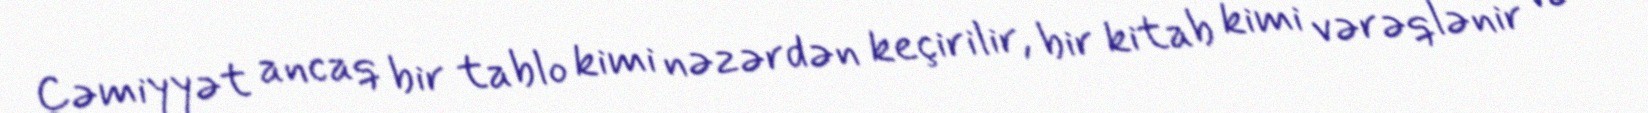
Cəmiyyət ancaq bir tablo kimi nəzərdən keçirilir, bir kitab kimi vərəqlənir və